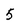
Character: 5